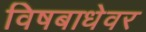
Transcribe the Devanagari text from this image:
विषबाधेवर